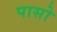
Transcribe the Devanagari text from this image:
पासो